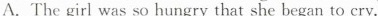
A.The girl was so hungry that she began to cry.